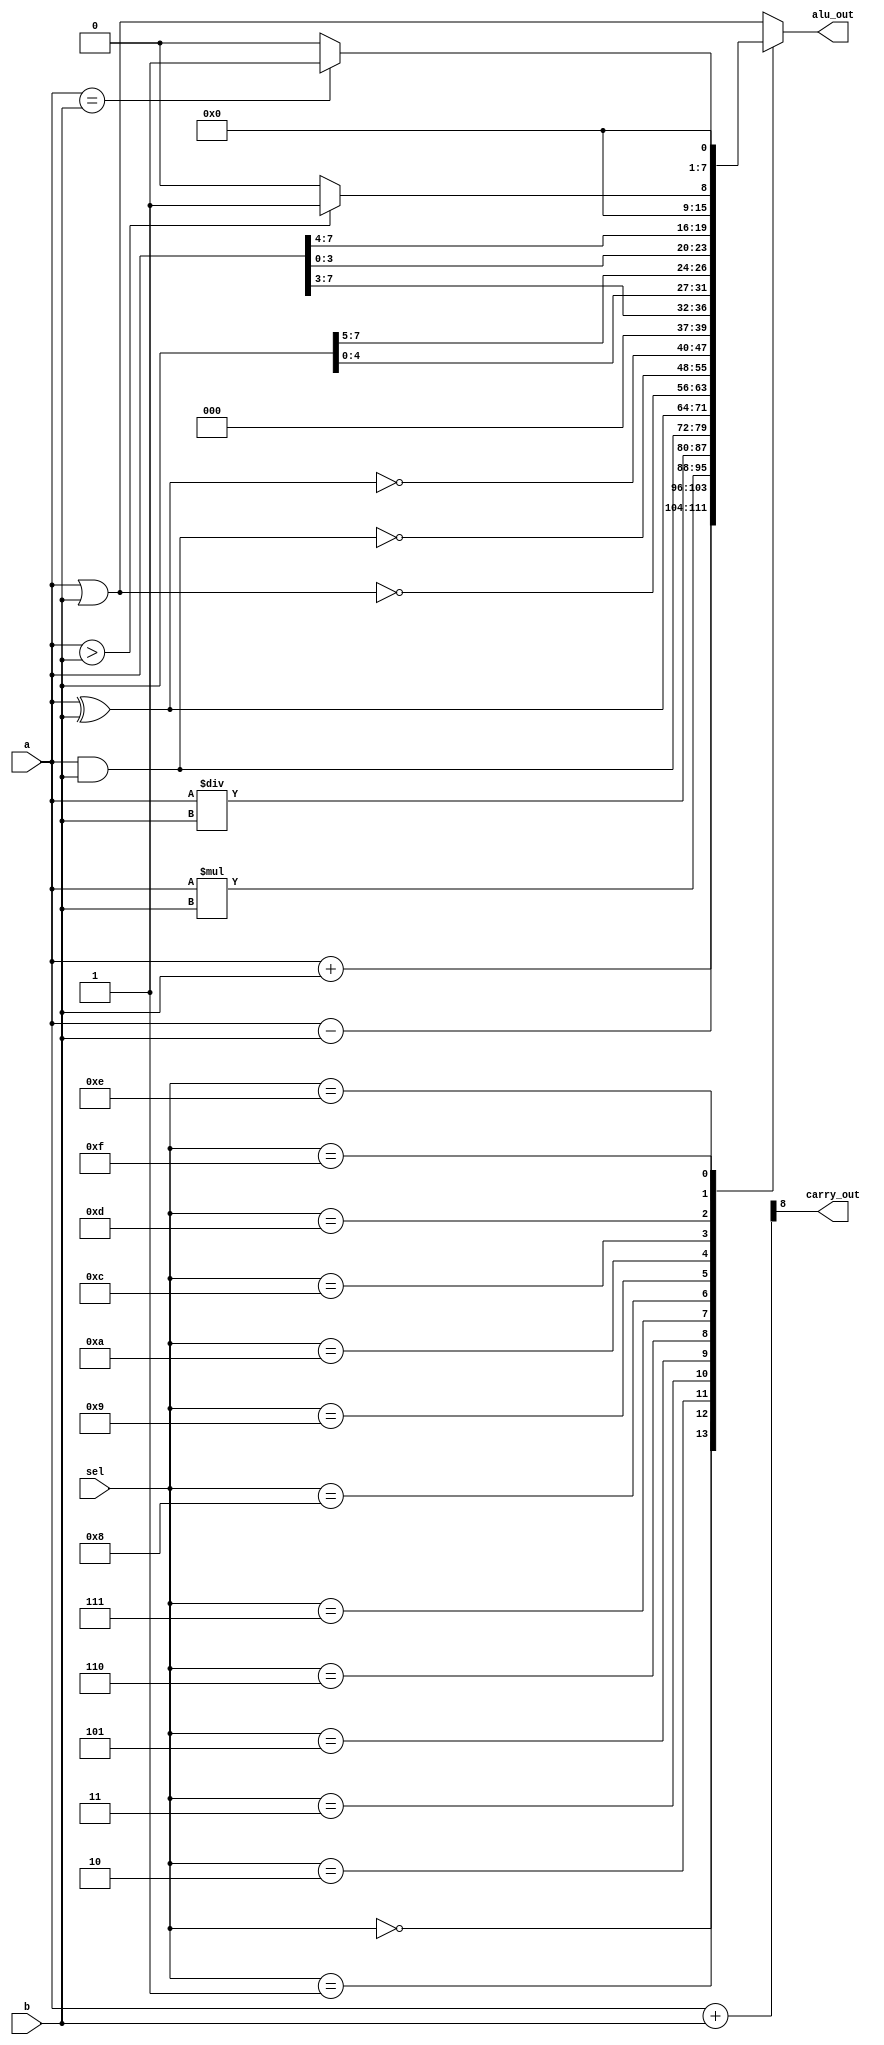
/*aul arthimact and logic operation...................(sel)
......................alu_res =a+b
****************************************************|4'b0000|
......................alu_res =a-b
****************************************************|4'b0001|
......................alu_res =a*b
****************************************************|4'b0010|
......................alu_res =a/b
****************************************************|4'b0011|
......................alu_res =a|b or gate 
****************************************************|4'b0100|
......................alu_res =a&b and gate 
**************************Eng/Eman Zidane **********|4'b0101|
......................alu_res =a^b xor gate 
****************************************************|4'b0110|
......................alu_res=~(a|b) nor_gate 
****************************************************|4'b0111|
......................alu_res = ~(a&b) nand gate 
****************************************************|4'b1000|
......................alu_res =~(a^b) noxr gate 
****************************************************|4'b1001|
......................alu_res =a>>3shift left 
****************************************************|4'b1010|
......................alu_res=a<<4 shift right 
****************************************************|4'b1001|
......................alu_res =b rotated left 3
****************************************************|4'b1100|
......................alu_res =a rotated right 2
****************************************************|4'b1101|
......................alu_res =a>b?1:0
****************************************************|4'b1110|
......................alu_res =a==b?1:0
****************************************************|4'b1111|

*/
module alu //(#parameter data_s=8)(#parameter sel_s=4 )
( input [7:0]  a, b, 
input [3:0] sel,// default as wires 
output [7:0]alu_out, output carry_out
);
reg [7:0] alu_res ;
wire [8:0]carr;
assign alu_out = alu_res ;
assign carr ={1'b0,a}+{1'b0,b};
assign carry_out = carr[8];
always @(*)//to aviod latchs
begin 
case(sel)
4'b0000:
alu_res =a+b;
4'b0001:
alu_res =a-b;
4'b0010:
alu_res =a*b;
4'b0011:
alu_res =a/b;
4'b0100:
alu_res =a|b ;
4'b0101:
alu_res =a&b;
4'b0110:
alu_res =a^b;
4'b0111:
alu_res=~(a|b);
4'b1000:
alu_res = ~(a&b);
4'b1001:
alu_res =~(a^b) ;
4'b1010:
alu_res =a>>3;
4'b1001:
alu_res=a<<4 ;
4'b1100:
alu_res={b[4:0],b[7:5]};
4'b1101:
alu_res ={a[3:0],a[7:4]};
4'b1110:
alu_res =(a>b)?8'b1:8'b0;
4'b1111:
alu_res =(a==b)?8'b1:8'b0;
default :alu_res =a|b ;
endcase
end 
endmodule